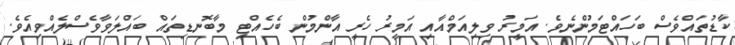
ކާޑުތައްވެސް ބަހައްޓަމުންނެވެ. އަމީރު ވިލިއަމްއާއި އަމީރު ހެރީ އާންމުން ބެހެއްޓި މާބޮނޑިތައް ބައްލަވާވެސްލެއްވިއެވެ.